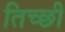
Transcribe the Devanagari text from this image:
तिच्छी